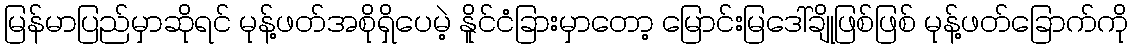
မြန်မာပြည်မှာဆိုရင် မုန့်ဖတ်အစိုရှိပေမဲ့ နိူင်ငံခြားမှာတော့ မြောင်းမြဒေါ်ချိုဖြစ်ဖြစ် မုန့်ဖတ်ခြောက်ကို